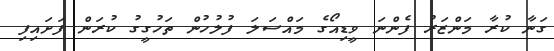
ގަނާ ކުރާ މަންޒަރު ފެންނަ ވީޑިއޯގެ މައްސަލަ ފުލުހުން ތަހުގީގު ކުރަން ފަށައިފި